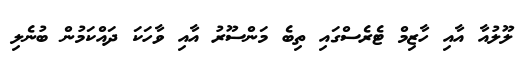
ލޫލުއާ އާއި ހާޒިމް ޓެރެސްގައި ތިބެ މަންސޫރު އާއި ވާހަކަ ދައްކަމުން ބުނެލި